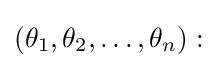
\left(\theta _{1},\theta _{2},\ldots ,\theta _{n}\right):